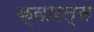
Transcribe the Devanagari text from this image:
क्वारल्स